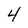
Character: 4